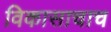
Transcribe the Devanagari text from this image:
विकासाचाच